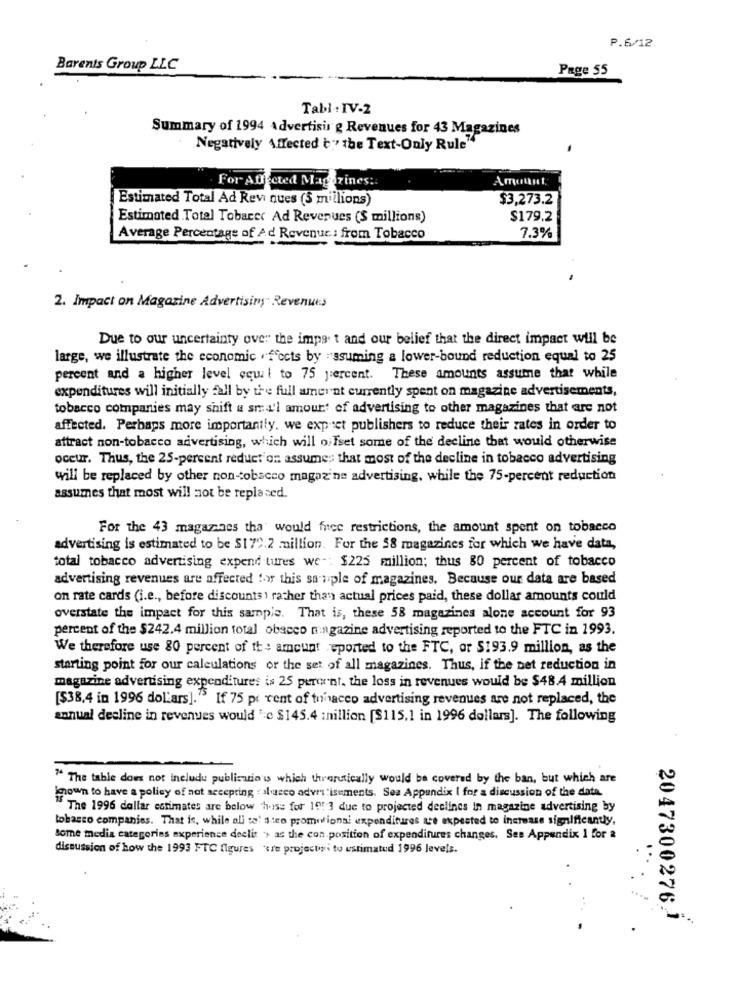
P.6/12
Barents Group LLC
Page 55
Tabl: IV-2
Summary of 1994 Advertising Revenues for 43 Magazines
Negatively Affected t:" the Text-Only Rule"
For Auffcted Magazines :.
Estimated Total Ad Revi ques (5 millions)
$3,273.2
Estimated .Total Tobarec Ad Revenues (S millions)
$179.2
7.3%
Average Percentage of Ad Revenue : from Tobacco
2. Impact on Magazine Advertising" Revenues
Due to our uncertainty over the imps. t and our belief that the direct impact will be
large, we illustrate the economic . fccts by 'ssuming a lower-bound reduction equal to 25
percent and a higher level equil to 75 percent. These amounts assume that while
expenditures will initially fall by the full amernt currently spent on magazine advertisements,
tobacco companies may shift a small amour' of advertising to other magazines that are not
affected. Perhaps more importantly. we expect publishers to reduce their rates in order to
attract non-tobacco advertising, which will offset some of the decline that would otherwise
occur. Thus, the 25-percent reduction assumes that most of the decline in tobacco advertising
will be replaced by other non-tobacco magazine advertising. while the 75-percent reduction
assumes that most will not be replaced.
For the 43 magazines tha would free restrictions, the amount spent on tobacco
advertising is estimated to be $179.2 million. For the 58 magazines for which we have data,
total tobacco advertising expend tures we -: $225 million; thus 80 percent of tobacco
advertising revenues are affected for this sample of magazines. Because our data are based
on rate cards (i.e ., before discounts ) rather than actual prices paid, these dollar amounts could
overstate the impact for this sample. That is, these 58 magazines alone account for 93
percent of the $242.4 million total obacco magazine advertising reported to the FTC in 1993.
We therefore use 80 percent of the amount eported to the FTC, or $193.9 million, as the
starting point for our calculations or the set of all magazines. Thus, if the net reduction in
magazine advertising expenditures is 25 percent, the loss in revenues would be $48.4 million
[$38,4 in 1996 dollars]."> If 75 pr cent of tonacco advertising revenues are not replaced, the
annual decline in revenues would "c $145.4 :nillion [$115.1 in 1996 dollars]. The following
" The table does not includu publicario'us which theoretically would be covered by the ban, but which are
known to have a policy of not accepting calusco advertisements. Sea Appendix I for a discussion of the date.
"The 1996 dollar estimates are below theiss for 10: 3 due to projected declines in magazine advertising by
tobacco companies. That is, while ali ta' s:co promotional expenditures ate expected to increase significantly,
Some media categories experience declit > as the con position of expenditures changes. Ses Appendix 1 for a
discussion of how the 1993 FTC figures *cre projectosi tu estimated 1996 levels.
..
2047300276.1